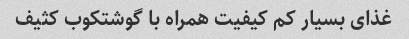
غذای بسیار کم کیفیت همراه با گوشتکوب کثیف